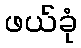
ဖယ်ခုံ